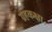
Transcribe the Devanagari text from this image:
ग्रहकक्षा